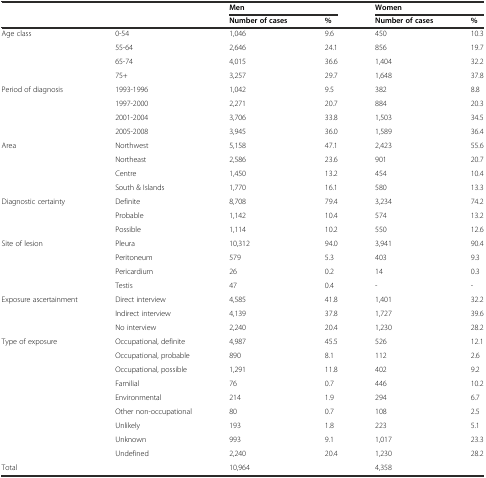
<table><thead><tr><td></td><td></td><td colspan="2"><b>Men</b></td><td colspan="2"><b>Women</b></td></tr><tr><td></td><td></td><td><b>Number of cases</b></td><td><b>%</b></td><td><b>Number of cases</b></td><td><b>%</b></td></tr></thead><tbody><tr><td>Age class</td><td>0-54</td><td>1,046</td><td>9.6</td><td>450</td><td>10.3</td></tr><tr><td></td><td>55-64</td><td>2,646</td><td>24.1</td><td>856</td><td>19.7</td></tr><tr><td></td><td>65-74</td><td>4,015</td><td>36.6</td><td>1,404</td><td>32.2</td></tr><tr><td></td><td>75+</td><td>3,257</td><td>29.7</td><td>1,648</td><td>37.8</td></tr><tr><td>Period of diagnosis</td><td>1993-1996</td><td>1,042</td><td>9.5</td><td>382</td><td>8.8</td></tr><tr><td></td><td>1997-2000</td><td>2,271</td><td>20.7</td><td>884</td><td>20.3</td></tr><tr><td></td><td>2001-2004</td><td>3,706</td><td>33.8</td><td>1,503</td><td>34.5</td></tr><tr><td></td><td>2005-2008</td><td>3,945</td><td>36.0</td><td>1,589</td><td>36.4</td></tr><tr><td>Area</td><td>Northwest</td><td>5,158</td><td>47.1</td><td>2,423</td><td>55.6</td></tr><tr><td></td><td>Northeast</td><td>2,586</td><td>23.6</td><td>901</td><td>20.7</td></tr><tr><td></td><td>Centre</td><td>1,450</td><td>13.2</td><td>454</td><td>10.4</td></tr><tr><td></td><td>South &amp; Islands</td><td>1,770</td><td>16.1</td><td>580</td><td>13.3</td></tr><tr><td>Diagnostic certainty</td><td>Definite</td><td>8,708</td><td>79.4</td><td>3,234</td><td>74.2</td></tr><tr><td></td><td>Probable</td><td>1,142</td><td>10.4</td><td>574</td><td>13.2</td></tr><tr><td></td><td>Possible</td><td>1,114</td><td>10.2</td><td>550</td><td>12.6</td></tr><tr><td>Site of lesion</td><td>Pleura</td><td>10,312</td><td>94.0</td><td>3,941</td><td>90.4</td></tr><tr><td></td><td>Peritoneum</td><td>579</td><td>5.3</td><td>403</td><td>9.3</td></tr><tr><td></td><td>Pericardium</td><td>26</td><td>0.2</td><td>14</td><td>0.3</td></tr><tr><td></td><td>Testis</td><td>47</td><td>0.4</td><td>-</td><td>-</td></tr><tr><td>Exposure ascertainment</td><td>Direct interview</td><td>4,585</td><td>41.8</td><td>1,401</td><td>32.2</td></tr><tr><td></td><td>Indirect interview</td><td>4,139</td><td>37.8</td><td>1,727</td><td>39.6</td></tr><tr><td></td><td>No interview</td><td>2,240</td><td>20.4</td><td>1,230</td><td>28.2</td></tr><tr><td>Type of exposure</td><td>Occupational, definite</td><td>4,987</td><td>45.5</td><td>526</td><td>12.1</td></tr><tr><td></td><td>Occupational, probable</td><td>890</td><td>8.1</td><td>112</td><td>2.6</td></tr><tr><td></td><td>Occupational, possible</td><td>1,291</td><td>11.8</td><td>402</td><td>9.2</td></tr><tr><td></td><td>Familial</td><td>76</td><td>0.7</td><td>446</td><td>10.2</td></tr><tr><td></td><td>Environmental</td><td>214</td><td>1.9</td><td>294</td><td>6.7</td></tr><tr><td></td><td>Other non-occupational</td><td>80</td><td>0.7</td><td>108</td><td>2.5</td></tr><tr><td></td><td>Unlikely</td><td>193</td><td>1.8</td><td>223</td><td>5.1</td></tr><tr><td></td><td>Unknown</td><td>993</td><td>9.1</td><td>1,017</td><td>23.3</td></tr><tr><td></td><td>Undefined</td><td>2,240</td><td>20.4</td><td>1,230</td><td>28.2</td></tr><tr><td>Total</td><td></td><td>10,964</td><td></td><td>4,358</td><td></td></tr></tbody></table>